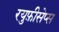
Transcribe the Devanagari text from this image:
रयुफ़ीसेप्स